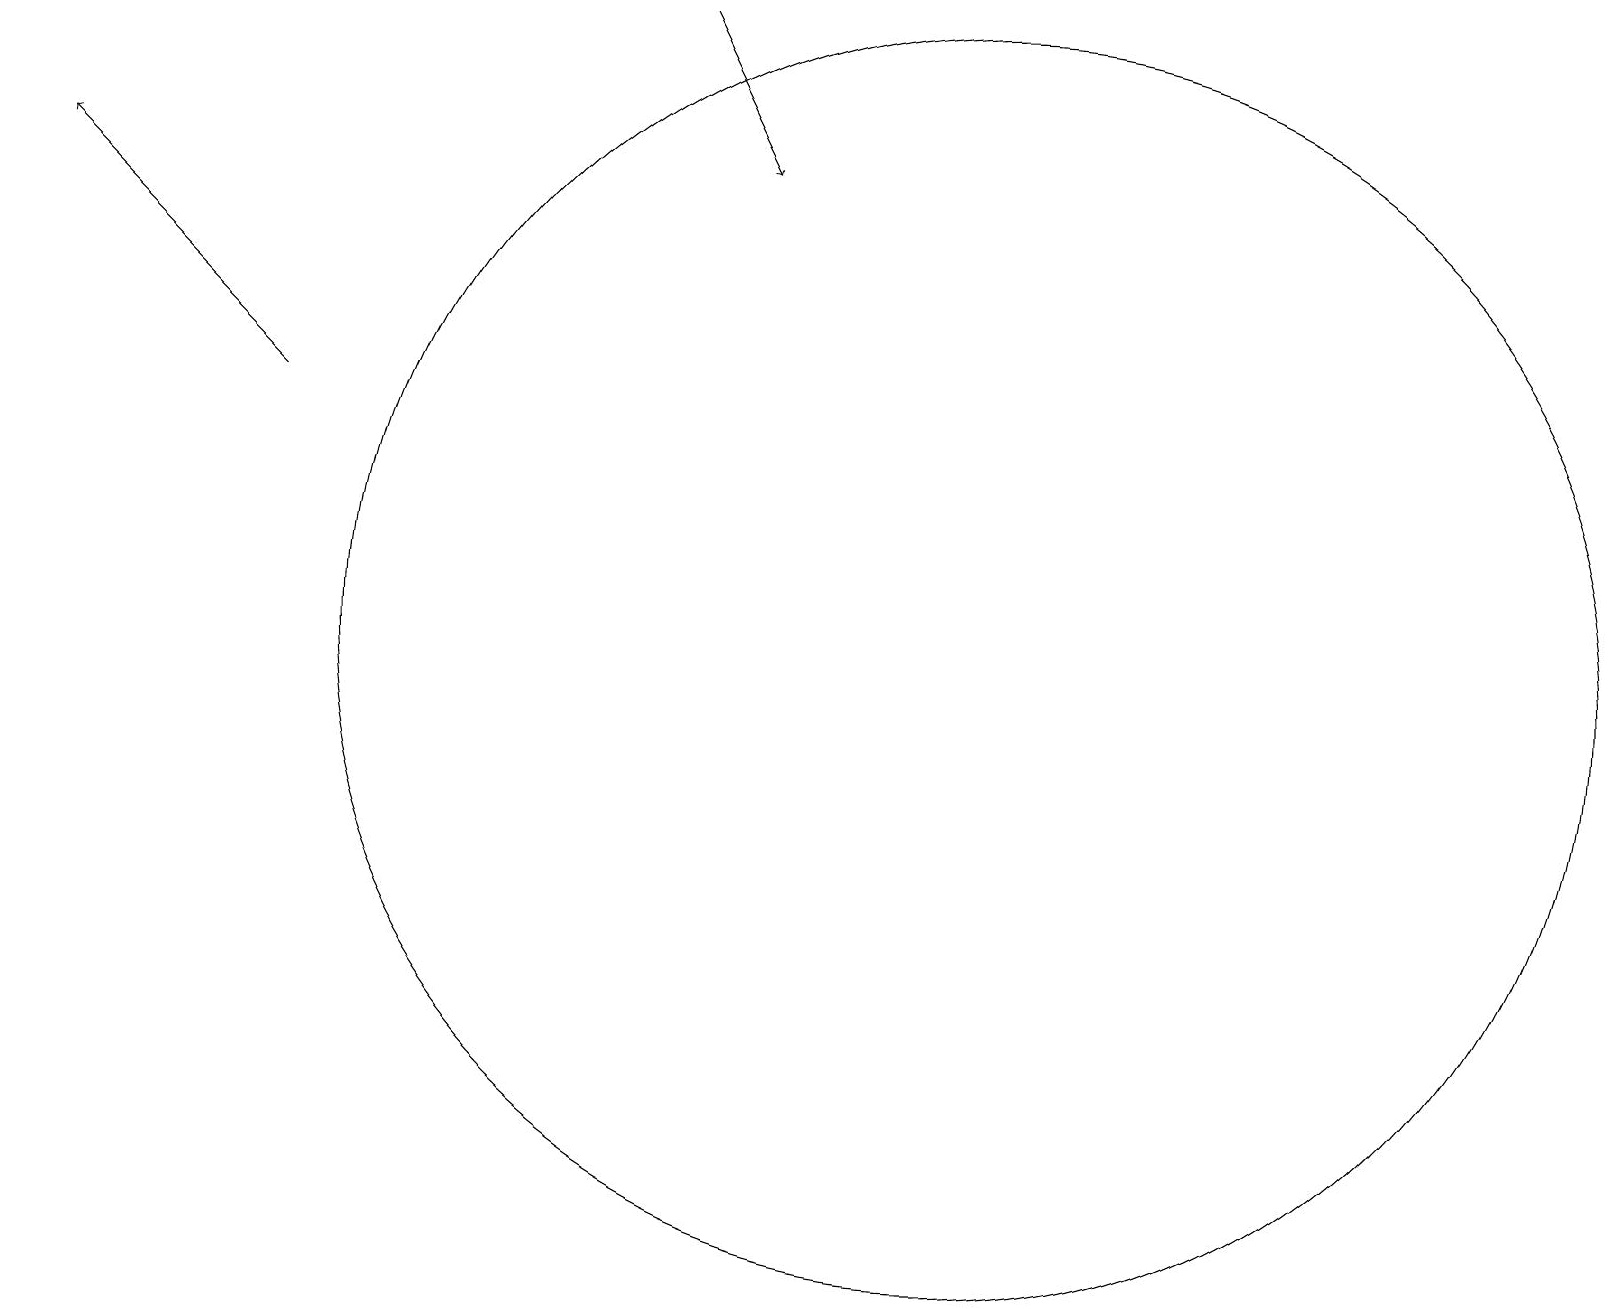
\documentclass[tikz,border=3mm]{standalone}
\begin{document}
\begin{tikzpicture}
\draw[->] (8,18) -- (9,16);
\draw[->] (3,13) -- (0,16);
\draw (12,10) circle (8);
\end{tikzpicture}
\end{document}